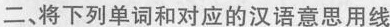
二、将下列单词和对应的汉语意思用线